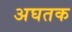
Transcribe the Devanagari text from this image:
अघतक